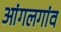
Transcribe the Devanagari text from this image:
आंगलगांव